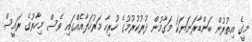
މީގެ އިތުރުން ބަންޑާރަނަޔަކަ މަގާމުން ދުރުކުރުމުގެ ހުރިހާ މަރުހަލާއެއްގައި ވެސް މިހާރުގެ ރައީސް